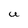
Character: U